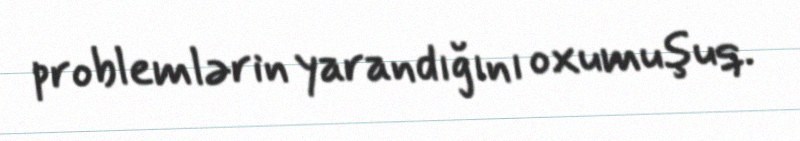
problemlərin yarandığını oxumuşuq.